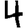
Digit: 4